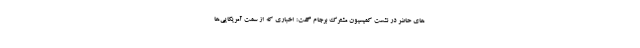
های حاضر در نشست کمیسیون مشترک برجام گفت: اخباری که از سمت آمریکایی‌ها